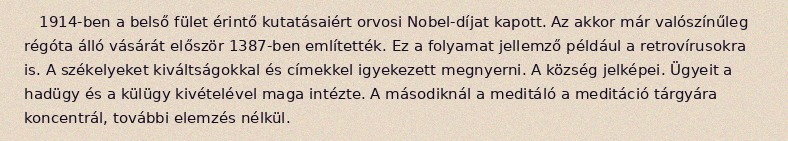
1914-ben a belső fület érintő kutatásaiért orvosi Nobel-díjat kapott. Az akkor már valószínűleg régóta álló vásárát először 1387-ben említették. Ez a folyamat jellemző például a retrovírusokra is. A székelyeket kiváltságokkal és címekkel igyekezett megnyerni. A község jelképei. Ügyeit a hadügy és a külügy kivételével maga intézte. A másodiknál a meditáló a meditáció tárgyára koncentrál, további elemzés nélkül.